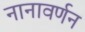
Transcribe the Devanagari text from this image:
नानावर्णन